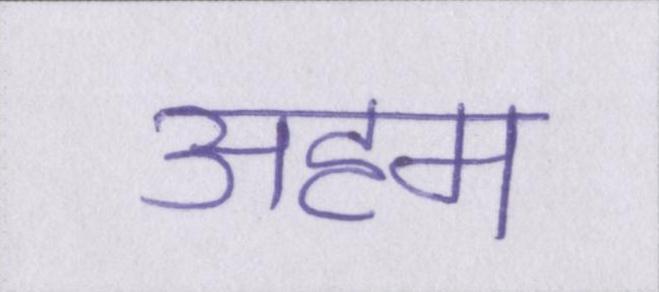
अहम